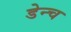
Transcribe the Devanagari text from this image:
डेन्च